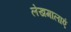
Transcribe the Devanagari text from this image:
लेखमालाएं